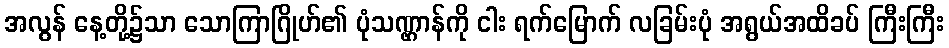
အလွန် နေ့တို့၌သာ သောကြာဂြိုဟ်၏ ပုံသဏ္ဌာန်ကို ငါး ရက်မြောက် လခြမ်းပုံ အရွယ်အထိခပ် ကြီးကြီး